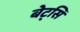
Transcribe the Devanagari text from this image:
बेट्सि